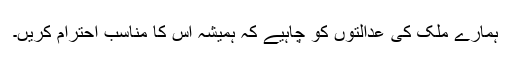
ہمارے ملک کی عدالتوں کو چاہیے کہ ہمیشہ اس کا مناسب احترام کریں۔